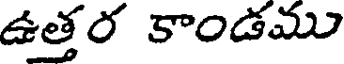
ఉత్తర కాండము